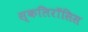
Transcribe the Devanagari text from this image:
स्कलिरॉसिस